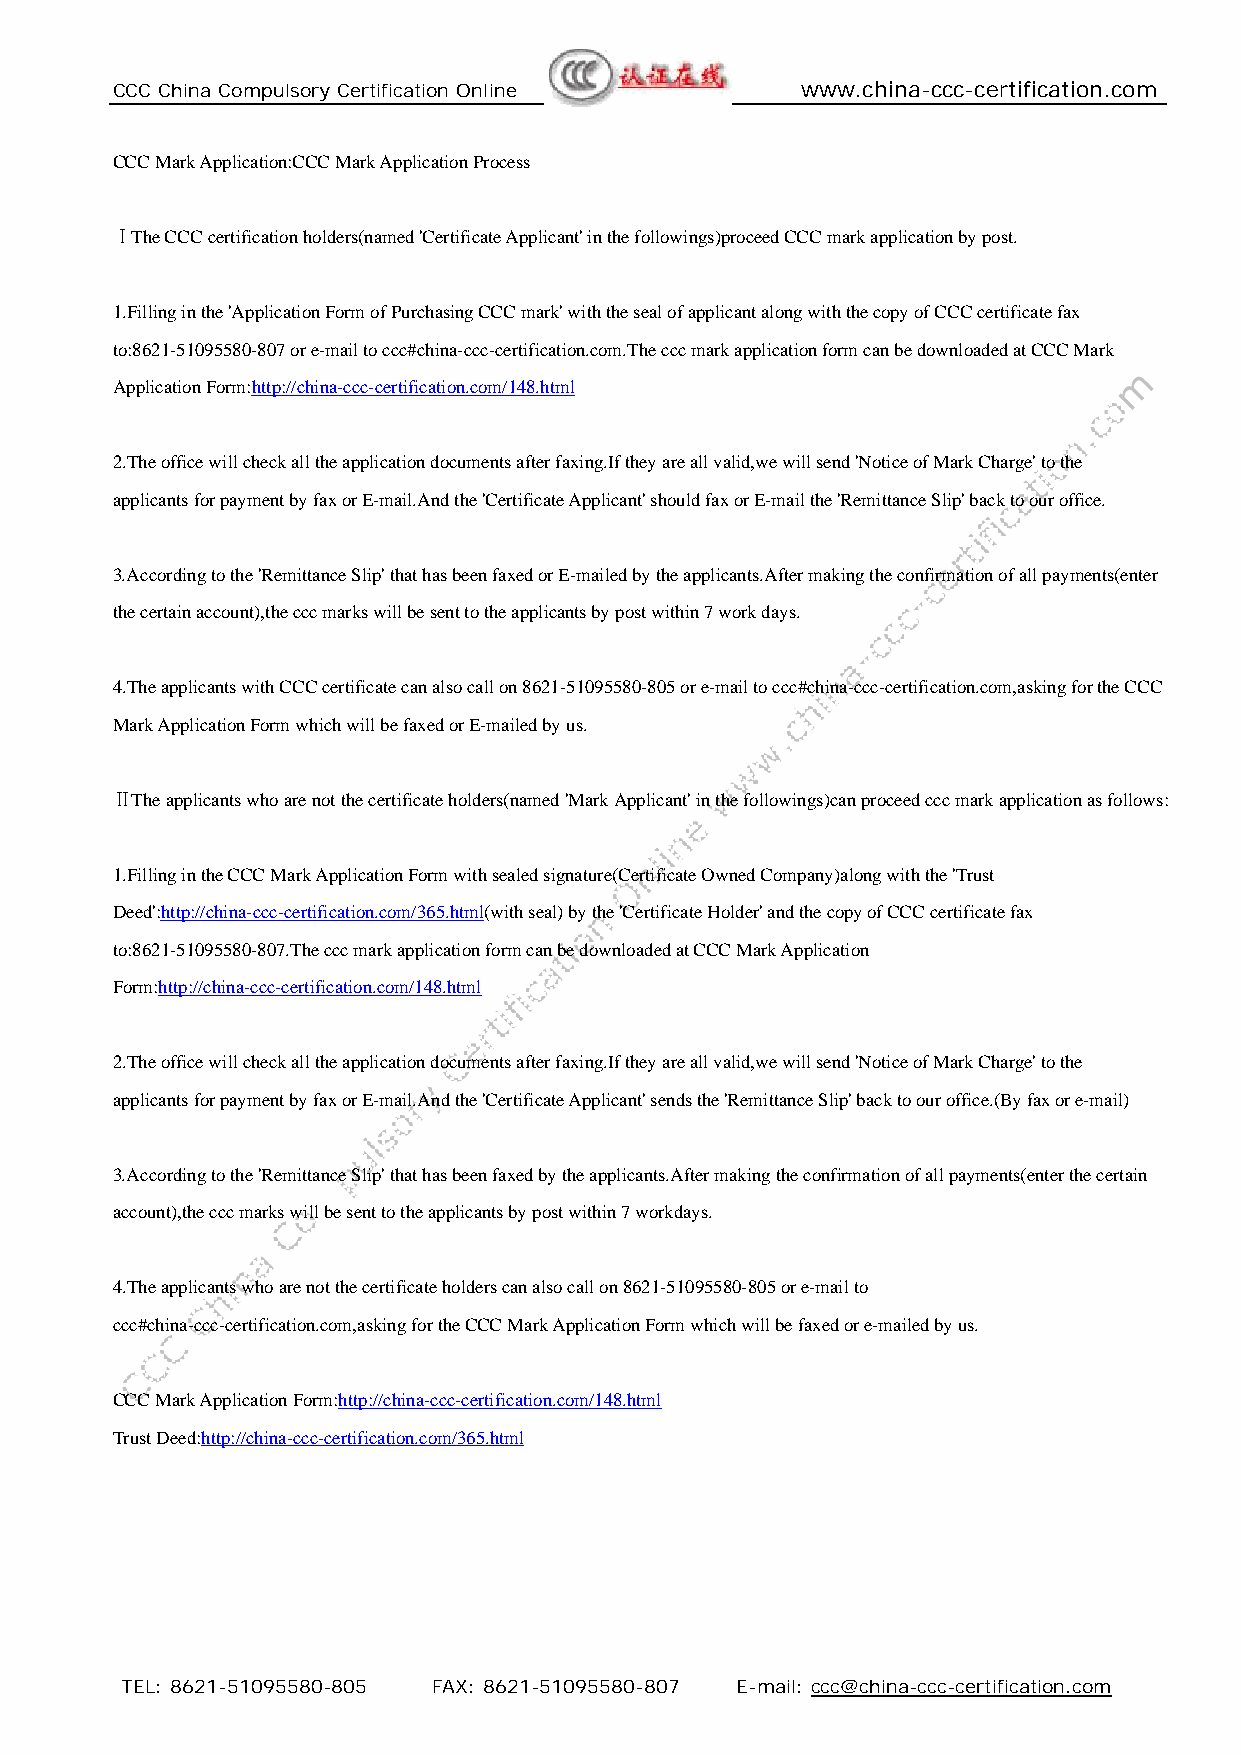
CCC China Compulsory Certification Online     www.china-ccc-certification.com
 CCC Mark Application:CCC Mark Application Process
 ⅠThe CCC certification holders(named 'Certificate Applicant' in the followings)proceed CCC mark application by post.
 1.Filling in the 'Application Form of Purchasing CCC mark' with the seal of applicant along with the copy of CCC certificate fax
 to:8621-51095580-807 or e-mail to ccc#china-ccc-certification.com.The ccc mark application form can be downloaded at CCC Mark
 Application Form:http://china-ccc-certification.com/148.html
 2.The office will check all the application documents after faxing.If they are all valid,we will send 'Notice of Mark Charge' to the
 applicants for payment by fax or E-mail.And the 'Certificate Applicant' should fax or E-mail the 'Remittance Slip' back to our office.
 3.According to the 'Remittance Slip' that has been faxed or E-mailed by the applicants.After making the confirmation of all payments(enter
 the certain account),the ccc marks will be sent to the applicants by post within 7 work days.
 4.The applicants with CCC certificate can also call on 8621-51095580-805 or e-mail to ccc#china-ccc-certification.com,asking for the CCC
 Mark Application Form which will be faxed or E-mailed by us.
 ⅡThe applicants who are not the certificate holders(named 'Mark Applicant' in the followings)can proceed ccc mark application as follows:
 1.Filling in the CCC Mark Application Form with sealed signature(Certificate Owned Company)along with the 'Trust
 Deed':http://china-ccc-certification.com/365.html(with seal) by the 'Certificate Holder' and the copy of CCC certificate fax
 to:8621-51095580-807.The ccc mark application form can be downloaded at CCC Mark Application
 Form:http://china-ccc-certification.com/148.html
 2.The office will check all the application documents after faxing.If they are all valid,we will send 'Notice of Mark Charge' to the
 applicants for payment by fax or E-mail.And the 'Certificate Applicant' sends the 'Remittance Slip' back to our office.(By fax or e-mail)
 3.According to the 'Remittance Slip' that has been faxed by the applicants.After making the confirmation of all payments(enter the certain
 account),the ccc marks will be sent to the applicants by post within 7 workdays.
 4.The applicants who are not the certificate holders can also call on 8621-51095580-805 or e-mail to
 ccc#china-ccc-certification.com,asking for the CCC Mark Application Form which will be faxed or e-mailed by us.
 CCC Mark Application Form:http://china-ccc-certification.com/148.html
 Trust Deed:http://china-ccc-certification.com/365.html
 TEL: 8621-51095580-805 FAX: 8621-51095580-807 E-mail: ccc@china-ccc-certification.com